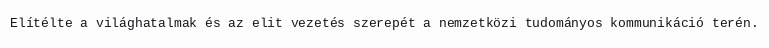
Elítélte a világhatalmak és az elit vezetés szerepét a nemzetközi tudományos kommunikáció terén.